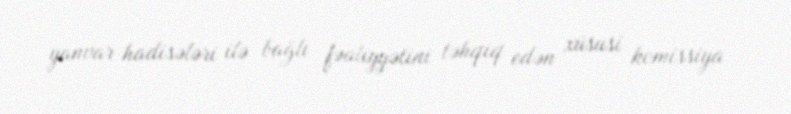
yanvar hadisələri ilə bağlı fəaliyyətini təhqiq edən xüsusi komissiya